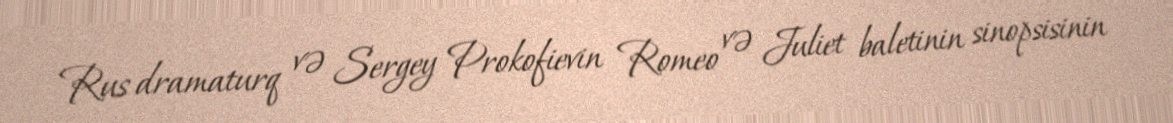
Rus dramaturq və Sergey Prokofievin Romeo və Juliet baletinin sinopsisinin